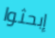
إبحثوا